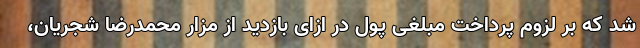
شد که بر لزوم پرداخت مبلغی پول در ازای بازدید از مزار محمدرضا شجریان،